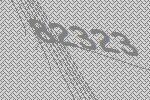
82323